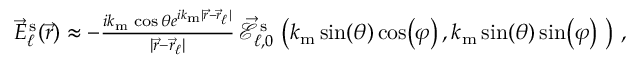
\begin{array} { r } { \vec { E } _ { \ell } ^ { \mathrm { \, s } } ( \vec { r } ) \approx - \frac { i k _ { \mathrm { m } } \, \! \! \, \! \, \, \! \, \, \! \! \, \! \, \, \! \! \, \! \! \, \! \, \, \! \! \, \! \! \, \! \, \, \! \, \, \! \! \, \! \, \, \! \! \, \! \! \, \! \, \, \! \, \, \! \! \, \! \, \, \! \, \, \! \! \, \! \, \, \! \! \, \! \! \, \! \, \, \! \, \, \! \! \, \! \, \, \! \, \, \! \! \cos { \theta } e ^ { i k _ { \mathrm { m } } | \vec { r } - \vec { r } _ { \ell } | } } { | \vec { r } - \vec { r } _ { \ell } | } \, \! \! \, \! \, \, \! \, \, \! \! \, \! \, \, \! \! \, \! \! \, \! \, \, \! \! \, \! \! \, \! \, \, \! \, \, \! \! \, \! \, \, \! \! \, \! \! \, \! \, \, \! \, \, \! \! \, \! \, \, \! \, \, \! \! \, \! \, \, \! \! \, \! \! \, \! \, \, \! \, \, \! \! \, \! \, \, \! \, \, \! \! \vec { \mathcal { E } } _ { \ell , 0 } ^ { \mathrm { \, s } } \, \! \! \, \! \, \, \! \, \, \! \! \, \! \, \, \! \! \, \! \! \, \! \, \, \! \! \, \! \! \, \! \, \, \! \, \, \! \! \, \! \, \, \! \! \, \! \! \, \! \, \, \! \, \, \! \! \, \! \, \, \! \, \, \! \! \, \! \, \, \! \! \, \! \! \, \! \, \, \! \, \, \! \! \, \! \, \, \! \, \, \! \! \left( k _ { \mathrm { m } } \, \! \! \, \! \, \, \! \, \, \! \! \, \! \, \, \! \! \, \! \! \, \! \, \, \! \! \, \! \! \, \! \, \, \! \, \, \! \! \, \! \, \, \! \! \, \! \! \, \! \, \, \! \, \, \! \! \, \! \, \, \! \, \, \! \! \, \! \, \, \! \! \, \! \! \, \! \, \, \! \, \, \! \! \, \! \, \, \! \, \, \! \! \mathrm { s i n } \, \! \! \, \! \, \, \! \, \, \! \! \, \! \, \, \! \! \, \! \! \, \! \, \, \! \! \, \! \! \, \! \, \, \! \, \, \! \! \, \! \left( { \theta } \right) \mathrm { c o s } \, \! \! \, \! \, \, \! \, \, \! \! \, \! \, \, \! \! \, \! \! \, \! \, \, \! \! \, \! \! \, \! \, \, \! \, \, \! \! \, \! \left( { \varphi } \right) , k _ { \mathrm { m } } \, \! \! \, \! \, \, \! \, \, \! \! \, \! \, \, \! \! \, \! \! \, \! \, \, \! \! \, \! \! \, \! \, \, \! \, \, \! \! \, \! \, \, \! \! \, \! \! \, \! \, \, \! \, \, \! \! \, \! \, \, \! \, \, \! \! \, \! \, \, \! \! \, \! \! \, \! \, \, \! \, \, \! \! \, \! \, \, \! \, \, \! \! \mathrm { s i n } \, \! \! \, \! \, \, \! \, \, \! \! \, \! \, \, \! \! \, \! \! \, \! \, \, \! \! \, \! \! \, \! \, \, \! \, \, \! \! \, \! \left( { \theta } \right) \mathrm { s i n } \, \! \! \, \! \, \, \! \, \, \! \! \, \! \, \, \! \! \, \! \! \, \! \, \, \! \! \, \! \! \, \! \, \, \! \, \, \! \! \, \! \left( { \varphi } \right) \vphantom { b ^ { 2 } } \, \! \! \, \! \, \, \! \, \, \! \! \, \! \, \, \! \! \, \! \! \, \! \, \, \! \! \, \! \! \, \! \, \, \! \, \, \! \! \, \! \, \, \! \! \, \! \! \, \! \, \, \! \, \, \! \! \, \! \, \, \! \, \, \! \! \, \! \, \, \! \! \, \! \! \, \! \, \, \! \, \, \! \! \, \! \, \, \! \, \, \! \! \right) \, \! \! \, \! \, \, \! \, \, \! \! \, \! \, \, \! \! \, \! \! \, \! \, \, \! \! \, \! \! \, \! \, \, \! \, \, \! \! \, \! \, \, \! \! \, \! \! \, \! \, \, \! \, \, \! \! \, \! \, \, \! \, \, \! \! \, \! \, \, \! \! \, \! \! \, \! \, \, \! \, \, \! \! \, \! \, \, \! \, \, \! \! , } \end{array}